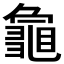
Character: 𮯞